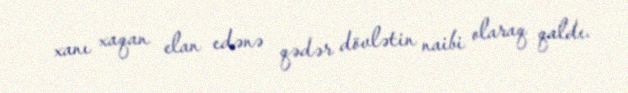
xanı xaqan elan edənə qədər dövlətin naibi olaraq qaldı.